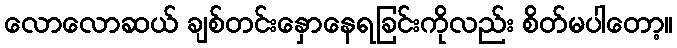
လောလောဆယ် ချစ်တင်းနှောနေရခြင်းကိုလည်း စိတ်မပါတော့။